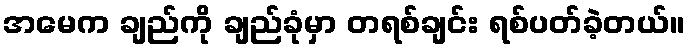
အမေက ချည်ကို ချည်ခုံမှာ တရစ်ချင်း ရစ်ပတ်ခဲ့တယ်။